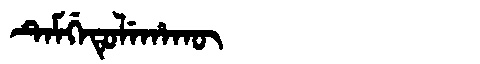
Manchu: ᡨᡝᠮᡤᡝᡨᡠᠯᡝᡥᠠᡴᡡ
Romanization: TEMGETULEHAKŪ